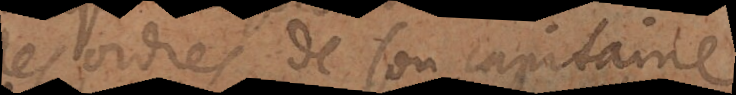
ordres de son capitaine: